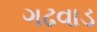
ગઢવાડ